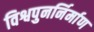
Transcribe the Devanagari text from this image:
विश्वपुनर्निर्माण